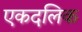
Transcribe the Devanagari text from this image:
एकदलिक